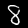
Digit: 8